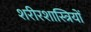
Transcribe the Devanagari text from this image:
शरीरशास्त्रियों